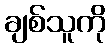
ချစ်သူကို